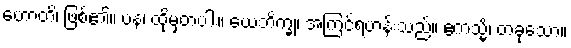
ဟောတိ၊ ဖြစ်၏။ ပန၊ ထိုမှတပါး။ ယေဘိက္ခု၊ အကြင်ရဟန်းသည်။ ဧကသ္မိံ၊ တခုသော။